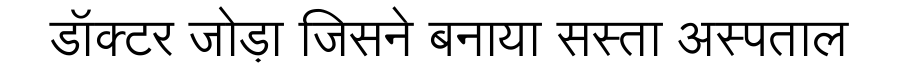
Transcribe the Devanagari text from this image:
डॉक्टर जोड़ा जिसने बनाया सस्ता अस्पताल